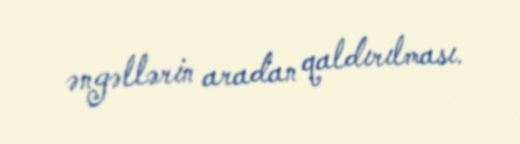
əngəllərin aradan qaldırılması.